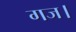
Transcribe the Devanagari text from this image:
गज।